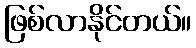
ဖြစ်လာနိုင်တယ်။